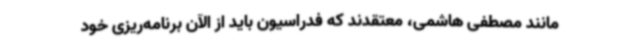
مانند مصطفی هاشمی، معتقدند که فدراسیون باید از الآن برنامه‌ریزی خود